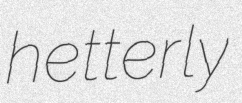
hetterly